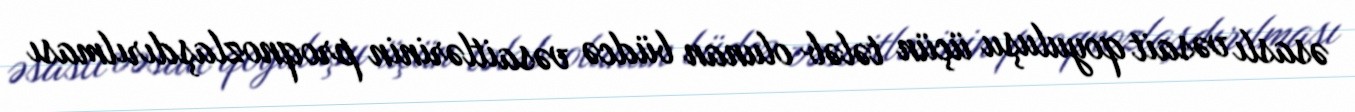
əsaslı vəsait qoyuluşu üçün tələb olunan büdcə vəsaitlərinin proqnozlaşdırılması